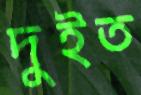
দুইত